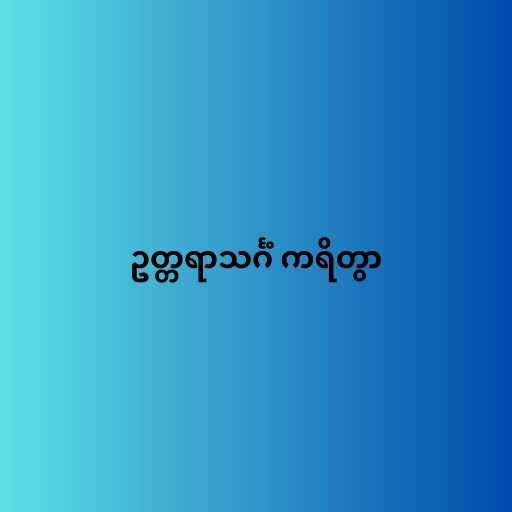
ဥတ္တရာသင်္ဂံ ကရိတွာ